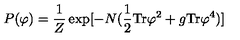
P ( \varphi ) = { \frac { 1 } { Z } } \exp [ - N ( { \frac { 1 } { 2 } } \mathrm { T r } \varphi ^ { 2 } + { g } \mathrm { T r } \varphi ^ { 4 } ) ]